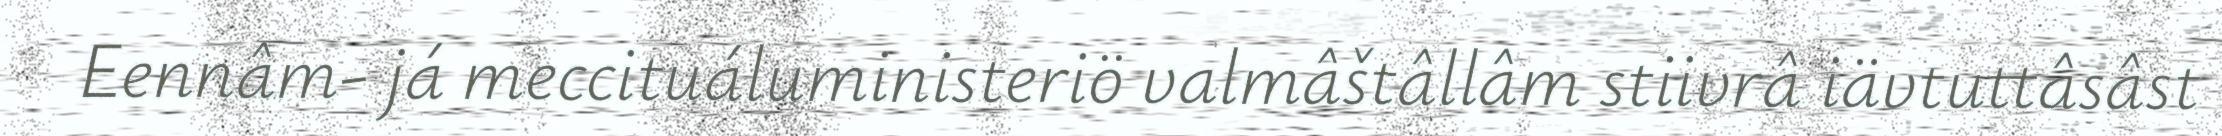
Eennâm- já meccituáluministeriö valmâštâllâm stiivrâ iävtuttâsâst